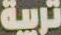
تربية